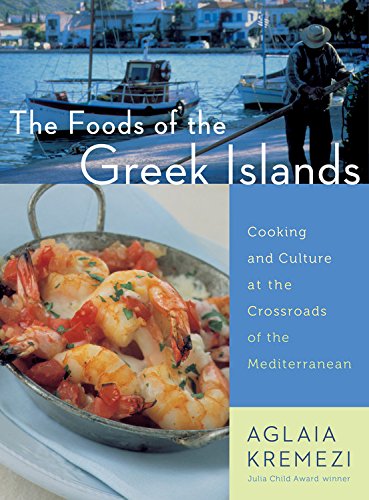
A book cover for The Foods of the Greek Islands: Cooking and Culture at the Crossroads of the Mediterranean; Aglaia Kremezi; Travel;